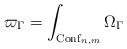
LaTeX: \begin{align*} \varpi_\Gamma = \int_{{\rm Conf}_{n,m}} \Omega_\Gamma\end{align*}